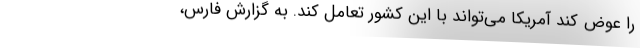
را عوض کند آمریکا می‌تواند با این کشور تعامل کند. به گزارش فارس،